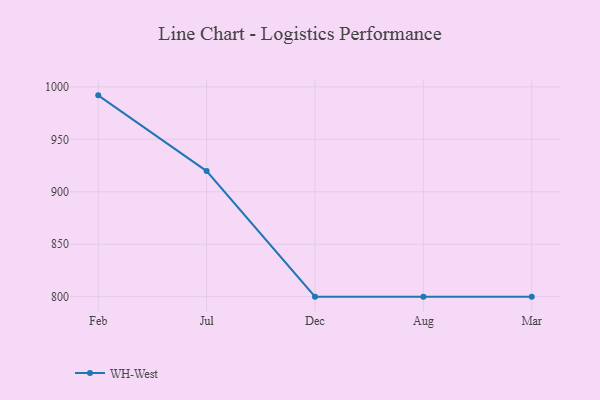
{"axis": {"x": "Month", "y": "Net Income (USD K)"}, "legend": ["WH-West"], "data": [{"x": "Feb", "y": 991.9, "type": "WH-West"}, {"x": "Jul", "y": 919.7, "type": "WH-West"}, {"x": "Dec", "y": 800, "type": "WH-West"}, {"x": "Aug", "y": 800, "type": "WH-West"}, {"x": "Mar", "y": 800, "type": "WH-West"}]}